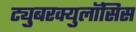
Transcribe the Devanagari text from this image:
ट्युुबरक्युलॉसिस